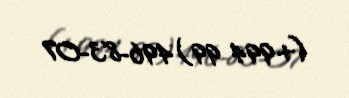
(+994 99) 496-83-07